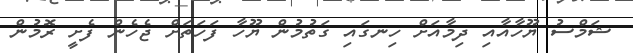
ޝަމްސު ޔޫހާއާއި ދިމާއަށް ހިނގައި ގަތުމުން ޔޫހާ ފަހަތަށް ޖެހެން ފެށީ ރޮމުން